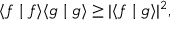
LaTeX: \langle f \mid f \rangle \langle g \mid g \rangle \geq | \langle f \mid g \rangle | ^ { 2 } ,